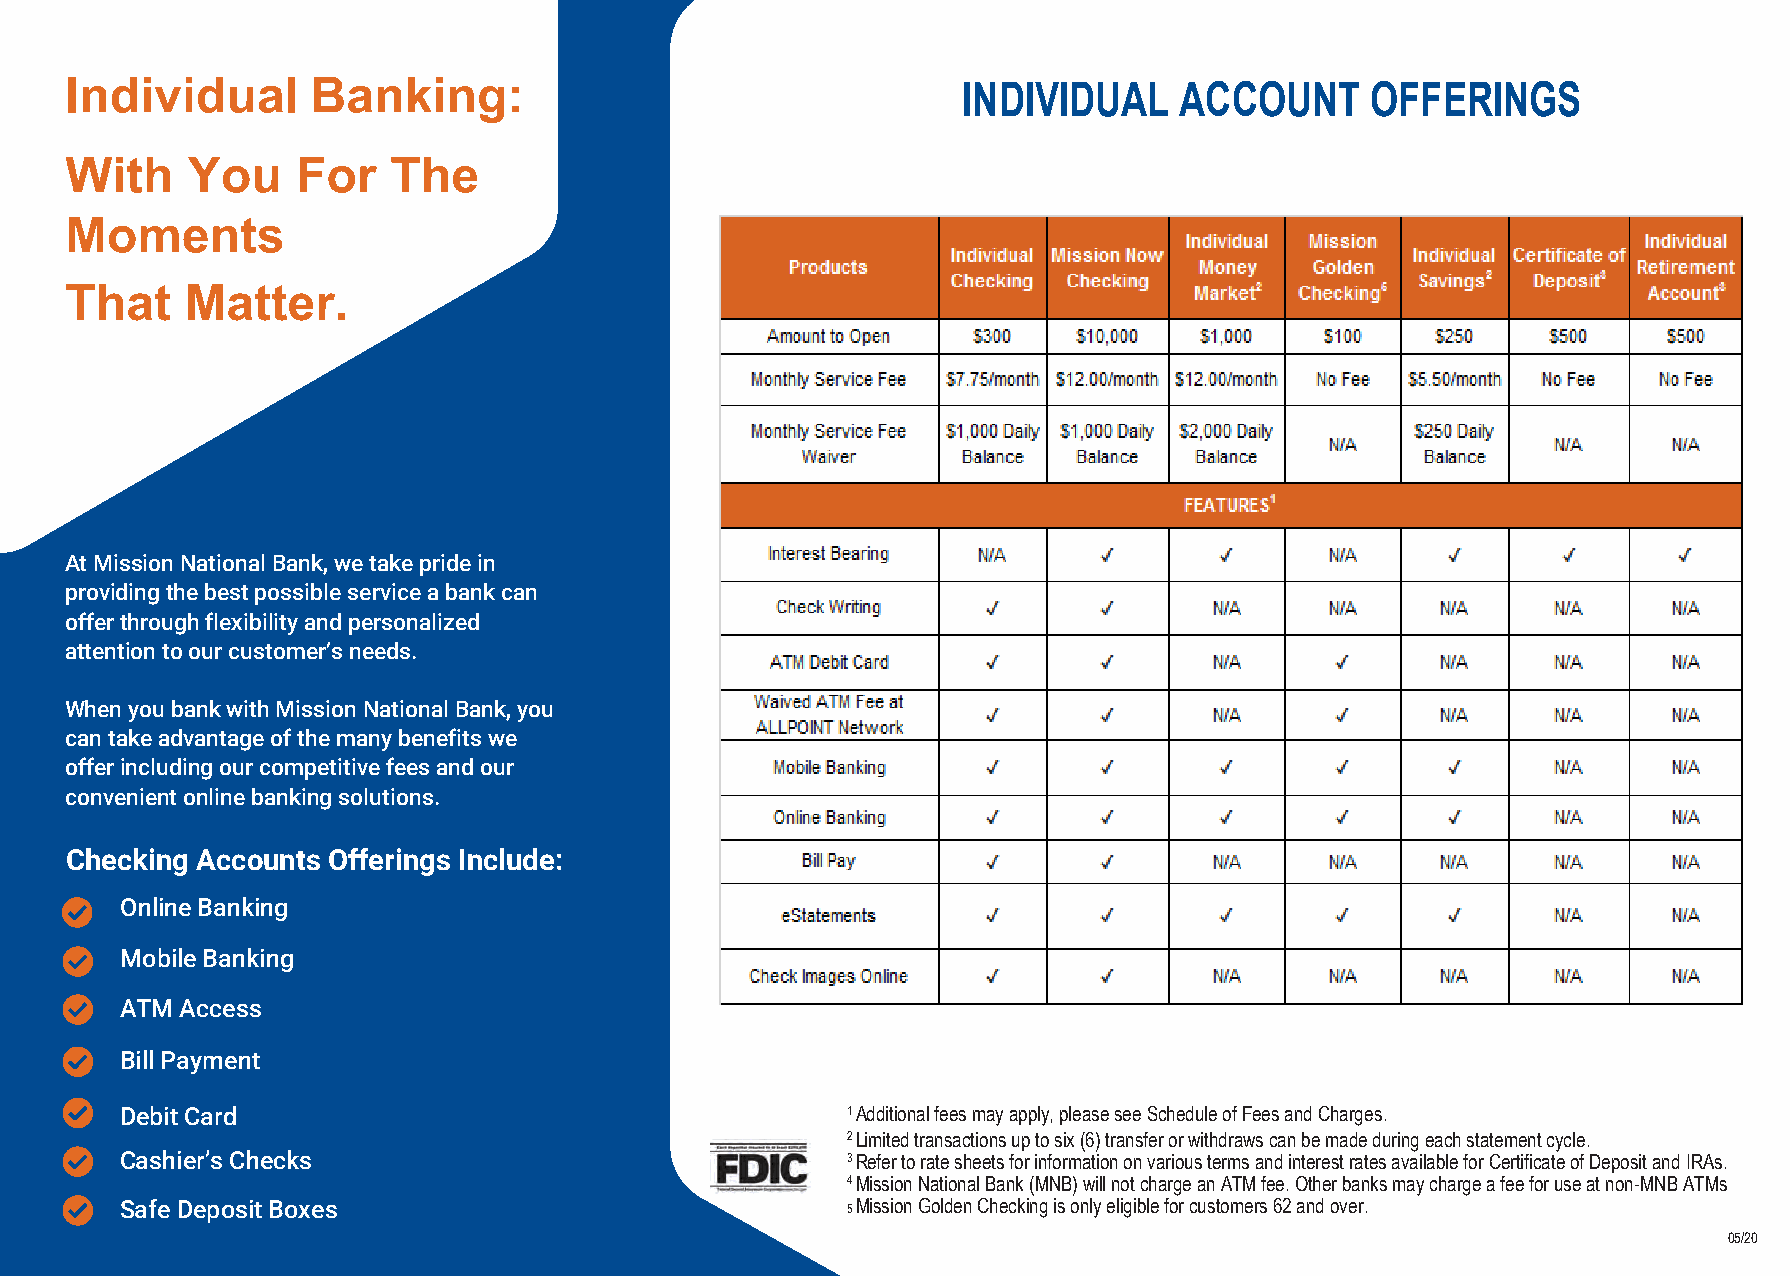
Individual       Banking:                                   INDIVIDUAL    ACCOUNT      OFFERINGS
 With    You     For   The
 Moments
 That    Matter.
 At Mission National Bank, we take pride in
 providing the best possible service a bank can
 offer through flexibility and personalized
 attention to our customer’s needs.
 When you bank with Mission National Bank, you
 can take advantage of the many benefits we
 offer including our competitive fees and our
 convenient online banking solutions.
 Checking Accounts Offerings Include:
 Online Banking
 Mobile Banking
 ATM Access
 Bill Payment
 Debit Card                                      1 Additional fees may apply, please see Schedule of Fees and Charges.
 2 Limited transactions up to six (6) transfer or withdraws can be made during each statement cycle.
 Cashier’s Checks                                3 Refer to rate sheets for information on various terms and interest rates available for Certificate of Deposit and IRAs.
 4 Mission National Bank (MNB) will not charge an ATM fee. Other banks may charge a fee for use at non-MNB ATMs
 Safe Deposit Boxes                              5 Mission Golden Checking is only eligible for customers 62 and over.
 05/20